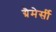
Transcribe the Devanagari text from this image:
ग्रैमेर्सी